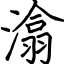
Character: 潝